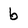
Character: b